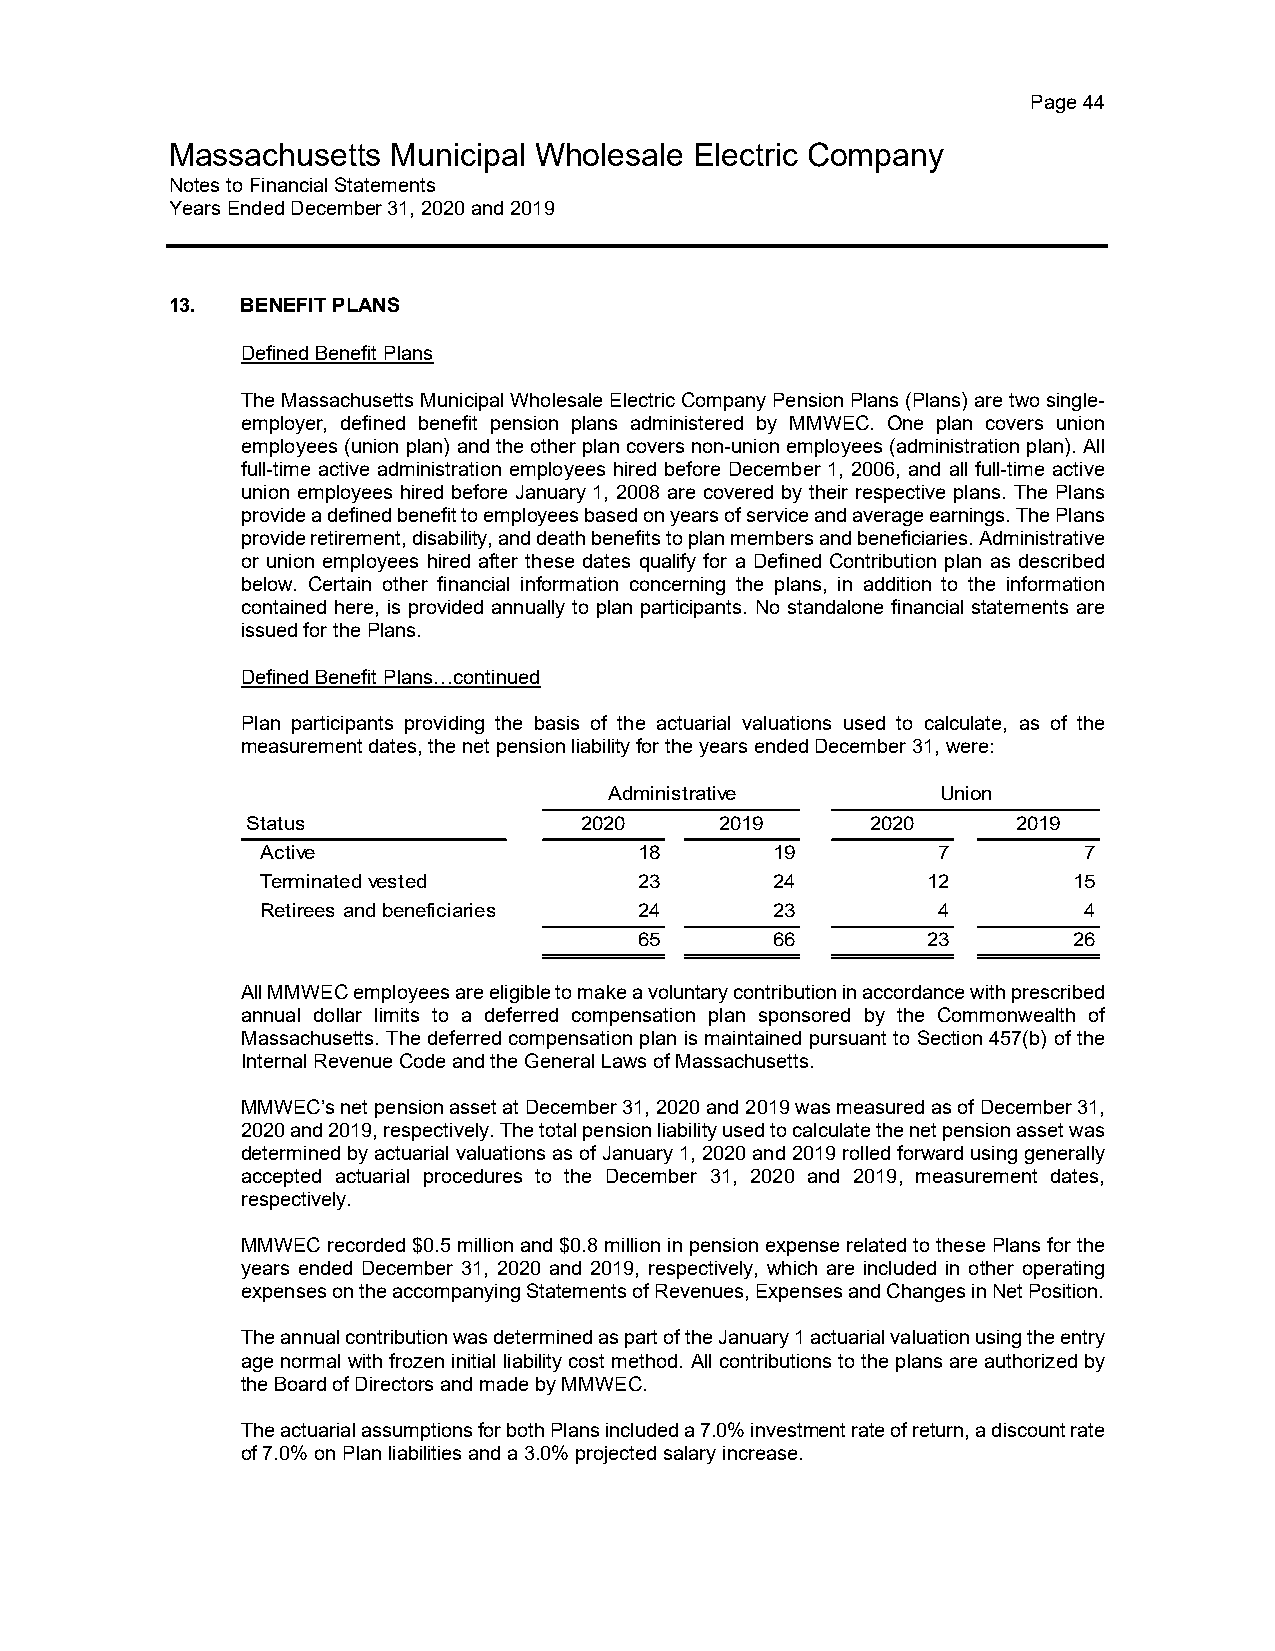
Page 44
 Massachusetts  Municipal Wholesale Electric Company
 Notes to Financial Statements
 Years Ended December 31, 2020 and 2019
 13.  BENEFIT PLANS
 Defined Benefit Plans
 The Massachusetts Municipal Wholesale Electric Company Pension Plans (Plans) are two single-
 employer, defined benefit pension plans administered by MMWEC. One plan covers union
 employees (union plan) and the other plan covers non-union employees (administration plan). All
 full-time active administration employees hired before December 1, 2006, and all full-time active
 union employees hired before January 1, 2008 are covered by their respective plans. The Plans
 provide a defined benefit to employees based on years of service and average earnings. The Plans
 provide retirement, disability, and death benefits to plan members and beneficiaries. Administrative
 or union employees hired after these dates qualify for a Defined Contribution plan as described
 below. Certain other financial information concerning the plans, in addition to the information
 contained here, is provided annually to plan participants. No standalone financial statements are
 issued for the Plans.
 Defined Benefit Plans…continued
 Plan participants providing the basis of the actuarial valuations used to calculate, as of the
 measurement dates, the net pension liability for the years ended December 31, were:
 Administrative        Union
 Status                2020      2019      2020     2019
 Active                   18       19         7         7
 Terminated vested        23       24        12        15
 Retirees and beneficiaries 24     23         4         4
 65       66        23        26
 All MMWEC employees are eligible to make a voluntary contribution in accordance with prescribed
 annual dollar limits to a deferred compensation plan sponsored by the Commonwealth of
 Massachusetts. The deferred compensation plan is maintained pursuant to Section 457(b) of the
 Internal Revenue Code and the General Laws of Massachusetts.
 MMWEC’s net pension asset at December 31, 2020 and 2019 was measured as of December 31,
 2020 and 2019, respectively. The total pension liability used to calculate the net pension asset was
 determined by actuarial valuations as of January 1, 2020 and 2019 rolled forward using generally
 accepted actuarial procedures to the December 31, 2020 and 2019, measurement dates,
 respectively.
 MMWEC recorded $0.5 million and $0.8 million in pension expense related to these Plans for the
 years ended December 31, 2020 and 2019, respectively, which are included in other operating
 expenses on the accompanying Statements of Revenues, Expenses and Changes in Net Position.
 The annual contribution was determined as part of the January 1 actuarial valuation using the entry
 age normal with frozen initial liability cost method. All contributions to the plans are authorized by
 the Board of Directors and made by MMWEC.
 The actuarial assumptions for both Plans included a 7.0% investment rate of return, a discount rate
 of 7.0% on Plan liabilities and a 3.0% projected salary increase.